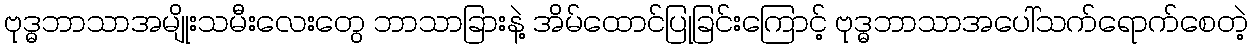
ဗုဒ္ဓဘာသာအမျိုးသမီးလေးတွေ ဘာသာခြားနဲ့ အိမ်ထောင်ပြုခြင်းကြောင့် ဗုဒ္ဓဘာသာအပေါ်သက်ရောက်စေတဲ့